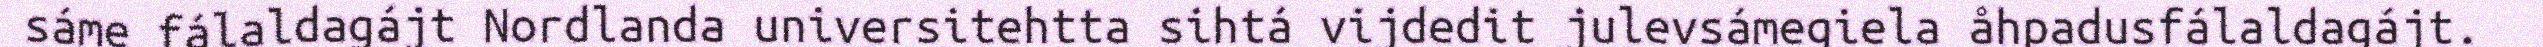
sáme fálaldagájt Nordlanda universitehtta sihtá vijdedit julevsámegiela åhpadusfálaldagájt.